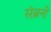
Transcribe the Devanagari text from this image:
संब्रनी